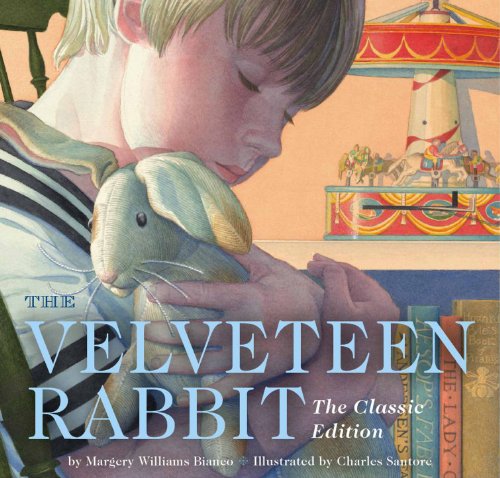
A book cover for The Velveteen Rabbit: Or, How Toys Become Real; Margery Williams; Children's Books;